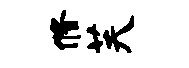
修芙